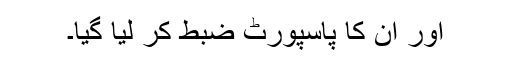
اور ان کا پاسپورٹ ضبط کر لیا گیا۔